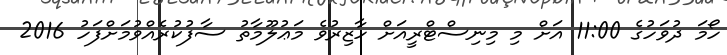
ހޯމަ ދުވަހުގެ 11:00 އަށް މި މިނިސްޓްރީއަށް ހާޒިރުވެ މަޢުލޫމާތު ސާފުކުރެއްވުމަށްފަހު 2016